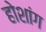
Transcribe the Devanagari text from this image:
होशांग